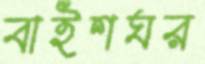
বাইশঘর